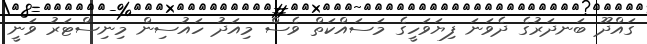
ގައްދޫ ބަނދަރުގެ ދެވަނަ ފިޔަވަހީގެ މަސައްކަތް ވެސް މިއަދު ހައުސިން މިނިސްޓަރު ވަނީ